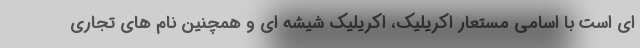
ای است با اسامی مستعار اکریلیک، اکریلیک شیشه ای و همچنین نام های تجاری